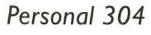
Personal 304